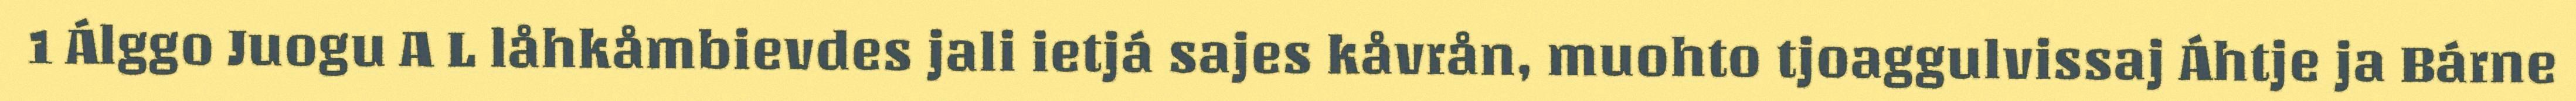
1 Álggo Juogu A L låhkåmbievdes jali ietjá sajes kåvrån, muohto tjoaggulvissaj Áhtje ja Bárne